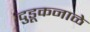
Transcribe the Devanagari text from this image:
दुडूकनाळे